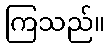
ကြသည်။